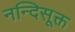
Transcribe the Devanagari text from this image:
नन्दिसूक्त